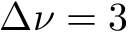
\Delta \nu = 3